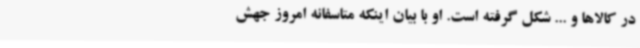
در کالاها و ... شکل گرفته است. او با بیان اینکه متاسفانه امروز جهش